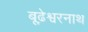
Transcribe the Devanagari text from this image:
बूढ़ेश्वरनाथ